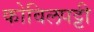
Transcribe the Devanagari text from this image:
कोविलपट्टी